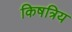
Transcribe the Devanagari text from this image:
किषत्रिय